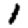
Digit: 1